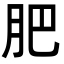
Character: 肥